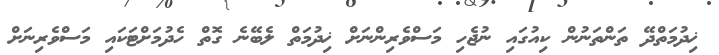
ޚިދުމަތްދޭ ތަންތަނުން ކިއުގައި ނުޖެހި މަސްވެރިންނަށް ޚިދުމަތް ލެބޭނެ ގޮތް ހެދުމަށްޓަކައި މަސްވެރިނަށް